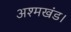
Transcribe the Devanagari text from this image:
अश्मखंड।